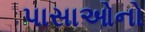
પાસાઓનો